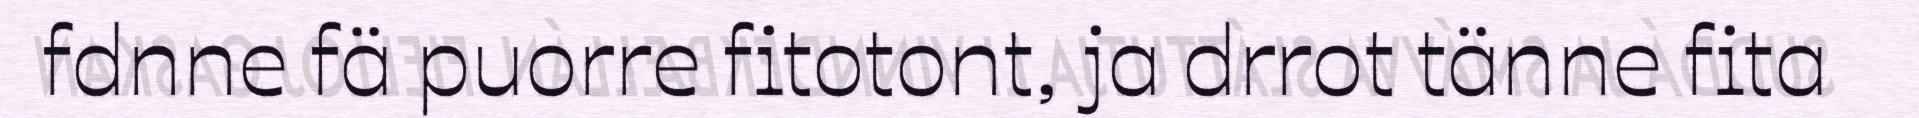
fdnne fä puorre fitotont, ja drrot tänne fita